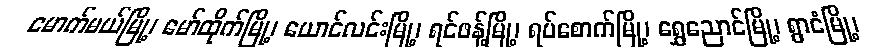
မောက်မယ်မြို့၊ မော်ထိုက်မြို့၊ ယောင်လင်းမြို့၊ ရင်ဖန့်မြို့၊ ရပ်စောက်မြို့၊ ရွှေညောင်မြို့၊ ရွာငံမြို့၊